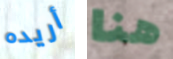
أريده هنا